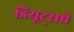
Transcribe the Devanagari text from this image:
डियूट्सचे